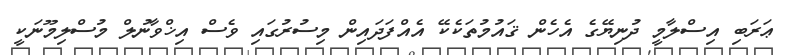
ޢަރަބި އިސްލާމީ ދުނިޔޭގެ އެހެން ޤައުމުތަކެކޭ އެއްފަދައިން މިސުރުގައި ވެސް އިޚްވާނުލް މުސްލިމޫނަކީ